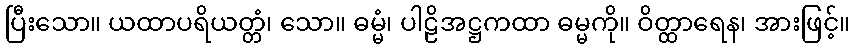
ပြီးသော။ ယထာပရိယတ္တံ၊ သော။ ဓမ္မံ၊ ပါဠိအဋ္ဌကထာ ဓမ္မကို။ ဝိတ္ထာရေန၊ အားဖြင့်။